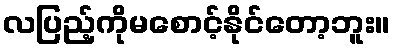
လပြည့်ကိုမစောင့်နိုင်တော့ဘူး။